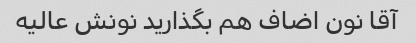
آقا نون اضاف هم بگذارید نونش عالیه